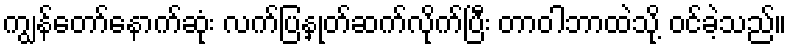
ကျွန်တော်နောက်ဆုံး လက်ပြနှုတ်ဆက်လိုက်ပြီး တာဝါဘာထဲသို့ ဝင်ခဲ့သည်။